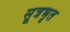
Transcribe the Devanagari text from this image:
सूत्रभृत